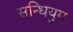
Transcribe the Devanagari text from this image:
सन्धियुग